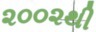
૨૦૦૨થી